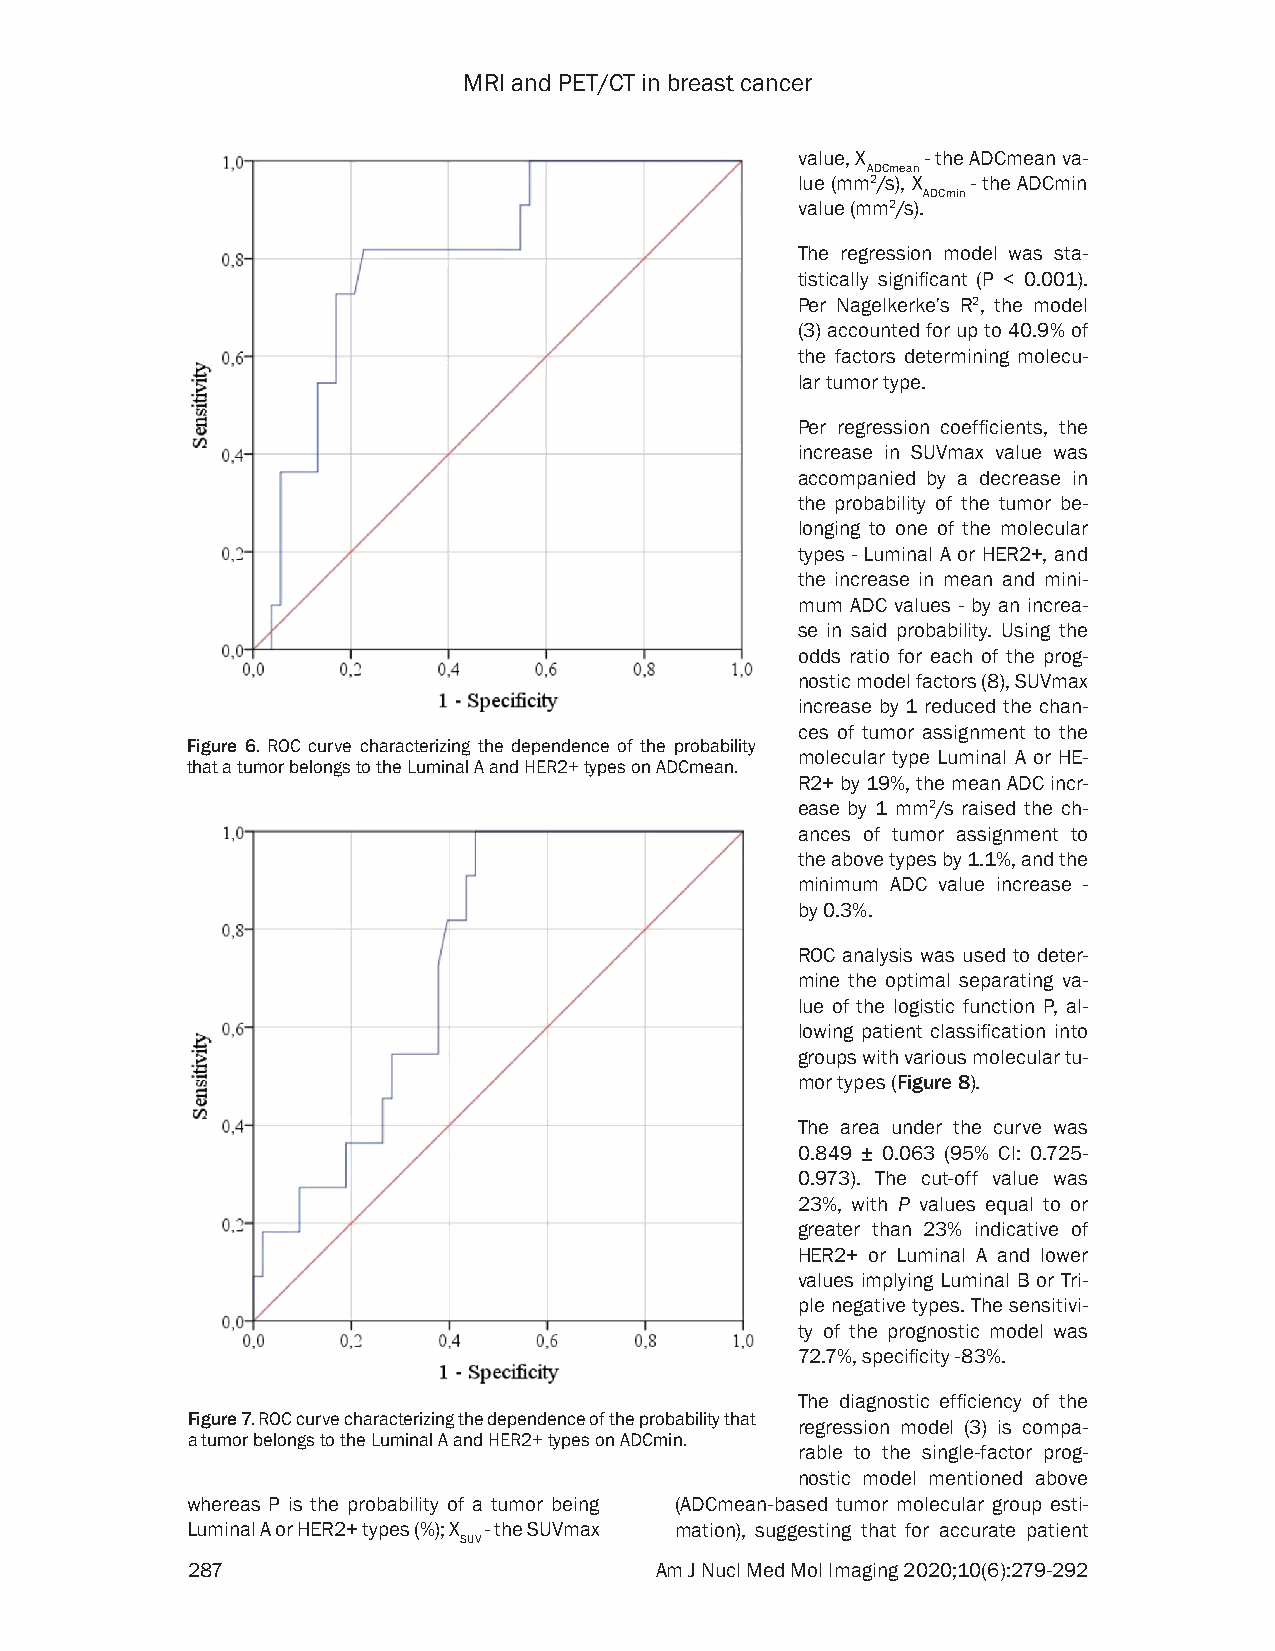
MRI and PET/CT in breast cancer
 value, X - the ADCmean va-
 ADCmean
 lue (mm2/s), X - the ADCmin
 ADCmin
 value (mm2/s).
 The regression model was sta-
 tistically significant (P < 0.001).
 Per Nagelkerke’s R2, the model
 (3) accounted for up to 40.9% of
 the factors determining molecu-
 lar tumor type.
 Per regression coefficients, the
 increase in SUVmax value was
 accompanied by a decrease in
 the probability of the tumor be-
 longing to one of the molecular
 types - Luminal A or HER2+, and
 the increase in mean and mini-
 mum ADC values - by an increa-
 se in said probability. Using the
 odds ratio for each of the prog-
 nostic model factors (8), SUVmax
 increase by 1 reduced the chan-
 ces of tumor assignment to the
 Figure 6. ROC curve characterizing the dependence of the probability
 molecular type Luminal A or HE-
 that a tumor belongs to the Luminal A and HER2+ types on ADCmean.
 R2+ by 19%, the mean ADC incr-
 ease by 1 mm2/s raised the ch-
 ances of tumor assignment to
 the above types by 1.1%, and the
 minimum ADC value increase -
 by 0.3%.
 ROC analysis was used to deter-
 mine the optimal separating va-
 lue of the logistic function P, al-
 lowing patient classification into
 groups with various molecular tu-
 mor types (Figure 8).
 The area under the curve was
 0.849 ± 0.063 (95% CI: 0.725-
 0.973). The cut-off value was
 23%, with P values equal to or
 greater than 23% indicative of
 HER2+ or Luminal A and lower
 values implying Luminal B or Tri-
 ple negative types. The sensitivi-
 ty of the prognostic model was
 72.7%, specificity -83%.
 The diagnostic efficiency of the
 Figure 7. ROC curve characterizing the dependence of the probability that
 regression model (3) is compa-
 a tumor belongs to the Luminal A and HER2+ types on ADCmin.
 rable to the single-factor prog-
 nostic model mentioned above
 whereas P is the probability of a tumor being (ADCmean-based tumor molecular group esti-
 Luminal A or HER2+ types (%); X - the SUVmax mation), suggesting that for accurate patient
 SUV
 287                            Am J Nucl Med Mol Imaging 2020;10(6):279-292